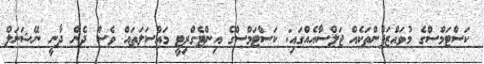
ކަސްޓަމްސްގެ މުވައްޒަފުންތަކެއް ޖަލްސާއެއްގައި: ކަސްޓަމްސްގެ އިންޓެގްރިޓީ މައްސަލަތައް ވެސް ދެން ދާނީ ނޭޝަނަލް